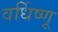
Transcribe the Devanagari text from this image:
वर्धिष्णू